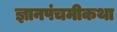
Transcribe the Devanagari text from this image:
ज्ञानपंचमीकथा